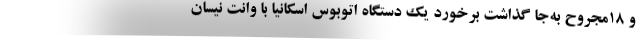
و ۱۸مجروح به‌جا گذاشت برخورد یک دستگاه اتوبوس اسکانیا با وانت نیسان